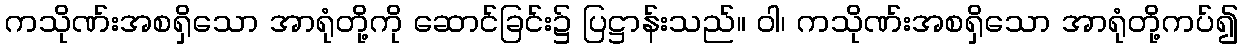
ကသိုဏ်းအစရှိသော အာရုံတို့ကို ဆောင်ခြင်း၌ ပြဋ္ဌာန်းသည်။ ဝါ၊ ကသိုဏ်းအစရှိသော အာရုံတို့ကပ်၍